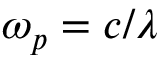
\omega _ { p } = c / \lambda